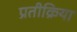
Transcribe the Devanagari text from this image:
प्रतीक्रिया